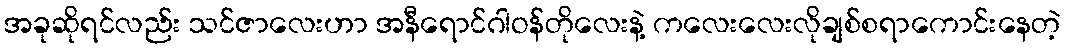
အခုဆိုရင်လည်း သင်ဇာလေးဟာ အနီရောင်ဂါဝန်တိုလေးနဲ့ ကလေးလေးလိုချစ်စရာကောင်းနေတဲ့